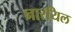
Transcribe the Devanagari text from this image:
नारयिल